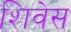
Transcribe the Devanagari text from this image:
शिवेस